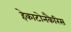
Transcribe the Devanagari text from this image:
हेकाटोनकैरिस